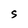
Character: S